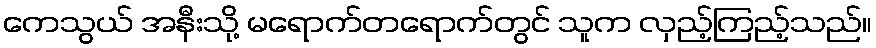
ကေသွယ် အနီးသို့ မရောက်တရောက်တွင် သူက လှည့်ကြည့်သည်။